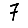
Digit: 7